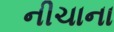
નીચાના